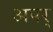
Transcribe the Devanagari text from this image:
अपर्